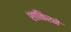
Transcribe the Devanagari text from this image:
शाकिरने